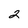
Character: 2